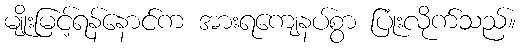
မျိုးမြင့်ရန်နောင်က အားရကျေနပ်စွာ ပြုံးလိုက်သည်။